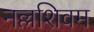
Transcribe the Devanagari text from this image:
नल्लशिवम